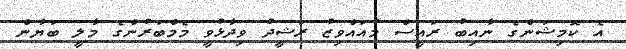
އެ ކޮމިޝަންގެ ނާއިބު ރައީސް މުއައްވިޒު ރަޝީދު ވިދާޅުވީ މެމްބަރުންގެ މާލީ ބަޔާން